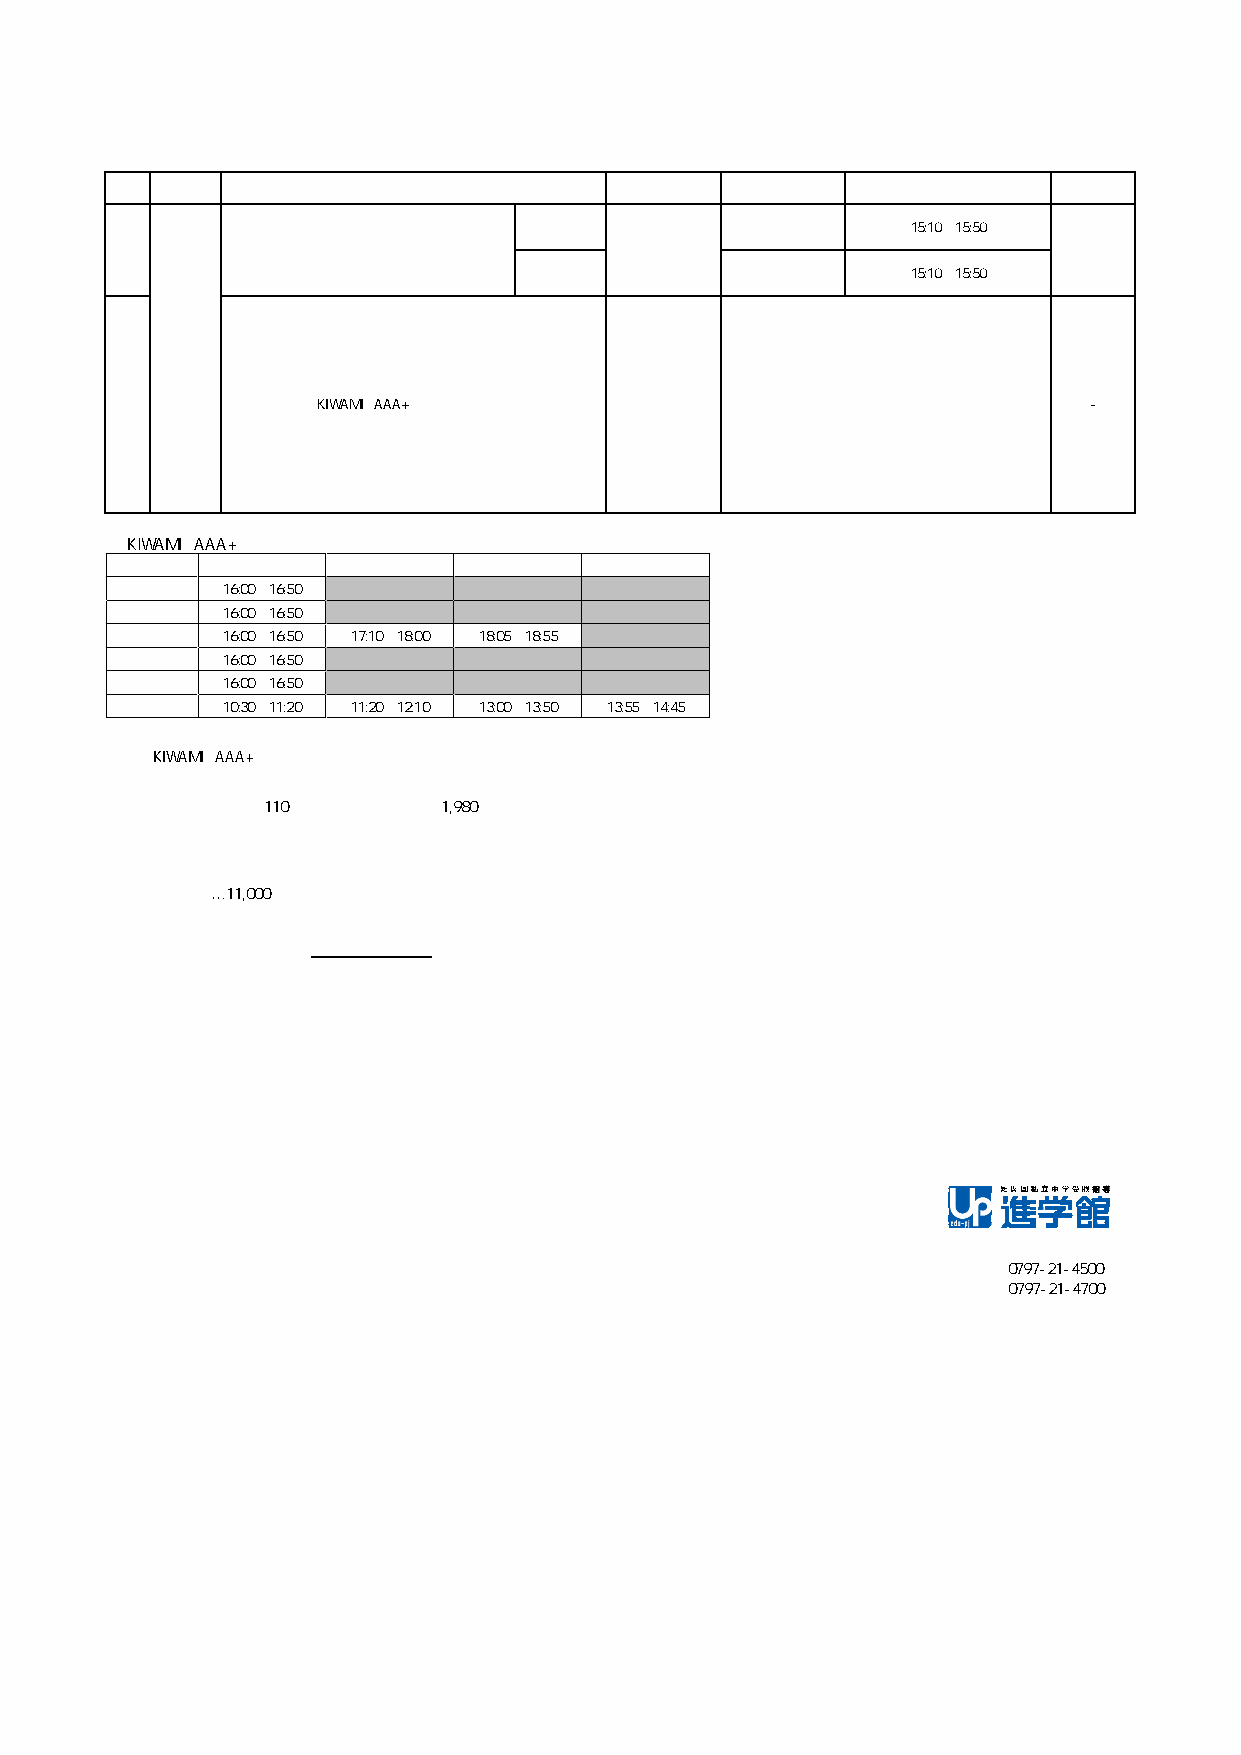
２０２３年度    進学館芦屋川校        開講講座一覧
 【新入学用】
 学年 種類             講座名              科目      曜日         時間       入学試験
 Ⅰ             水        15:10〜15:50
 必要
 年長          年長トレ 【１２月開講】           算・国
 ※２
 Ⅱ             木        15:10〜15:50
 能
 力
 開
 発
 年長   講
 座
 〜            KIWAMI AAA+ 図形の極 ※１   図形           開講日程参照          -
 小６
 ◆KIWAMI AAA+ 図形の極 開講日程
 曜日・時間  芦屋川①     芦屋川②    芦屋川③     芦屋川④
 月    16:00〜16:50
 火    16:00〜16:50
 水    16:00〜16:50 17:10〜18:00 18:05〜18:55
 木    16:00〜16:50
 金    16:00〜16:50
 土    10:30〜11:20 11:20〜12:10 13:00〜13:50 13:55〜14:45
 ※１ 『KIWAMI AAA+ 図形の極』は、おひとり２セットまで（１セット：週１回で月３回）とさせていただきます。
 年長・小１・小２のお子さまは１０級、小３・小４のお子さまは９級、 小５・小６のお子さまは８級からの学習となります。
 教材費：１０級･･･110円（税込） ９級以降･･･1,980円（税込）
 ※２ 年長の方は入学試験として親子面接（無料）を受けていただきます。
 ◇入学金：年長…11,000円（税込）が必要です。アップ教育企画の他の部門にお通いの場合は必要ございません。
 ◇講座変更等の各種ご変更は担当とご相談の上、前月２０日までに書類のご提出をお願いいたします。
 ◇詳しくは、進学館事務局までお問い合わせください。
 【進学館芦屋川校】
 ＴＥＬ：0797-21-4500
 ＦＡＸ：0797-21-4700